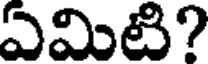
ఏమిటి?